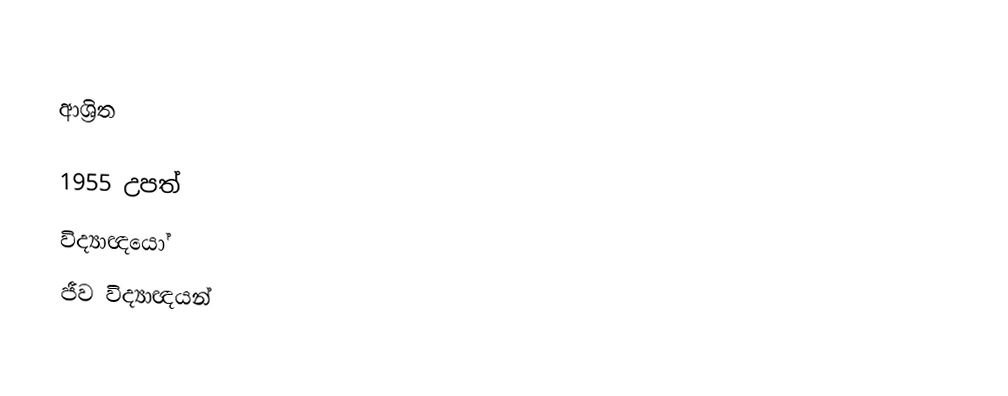

ආශ්‍රිත

1955 උපත්
විද්‍යාඥයෝ
ජීව විද්‍යාඥයන්